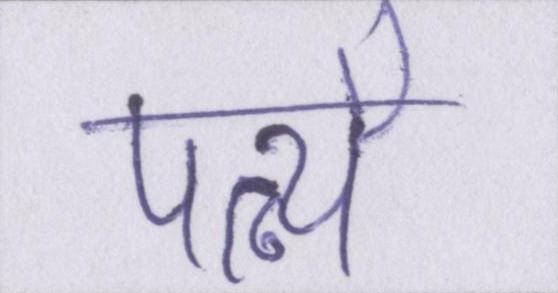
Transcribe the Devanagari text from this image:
पत्न्यै